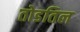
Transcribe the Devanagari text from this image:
तोडतिल